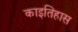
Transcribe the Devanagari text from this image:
काइतिहास